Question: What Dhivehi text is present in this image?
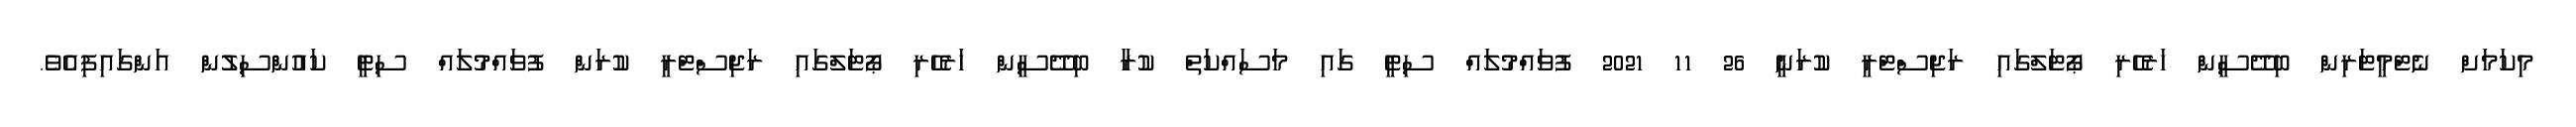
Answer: މިކަމަށް ނެޓްމީޓަރިން ބިދޭސީން ހަރެހެރި ޕޯޓަލްގައި ރަޖިސްޓްރީ ކުރަނީ 26 11 2021 ފުވައްމުލައް ސިޓީ ގައި މަސައްކަތް ކުރާ ބިދޭސީން ހަރެހެރި ޕޯޓަލްގައި ރަޖިސްޓްރީ ކުރަން ފުވައްމުލައް ސިޓީ ކައުންސިލުން އަންގައިފިއެވެ.